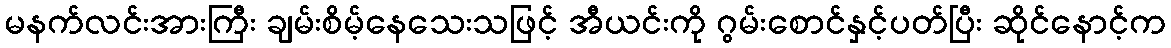
မနက်လင်းအားကြီး ချမ်းစိမ့်နေသေးသဖြင့် အီယင်းကို ဂွမ်းစောင်နှင့်ပတ်ပြီး ဆိုင်နောင့်က